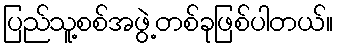
ပြည်သူ့စစ်အဖွဲ့တစ်ခုဖြစ်ပါတယ်။